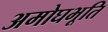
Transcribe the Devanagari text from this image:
अमोघभूति